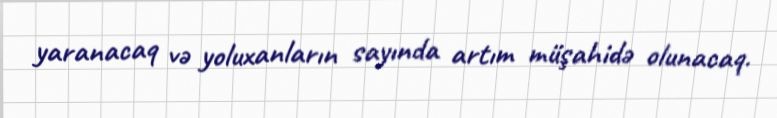
yaranacaq və yoluxanların sayında artım müşahidə olunacaq.